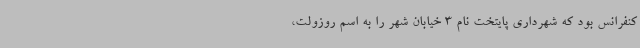
کنفرانس بود که شهرداری پایتخت نام 3 خیابان شهر را به اسم روزولت،